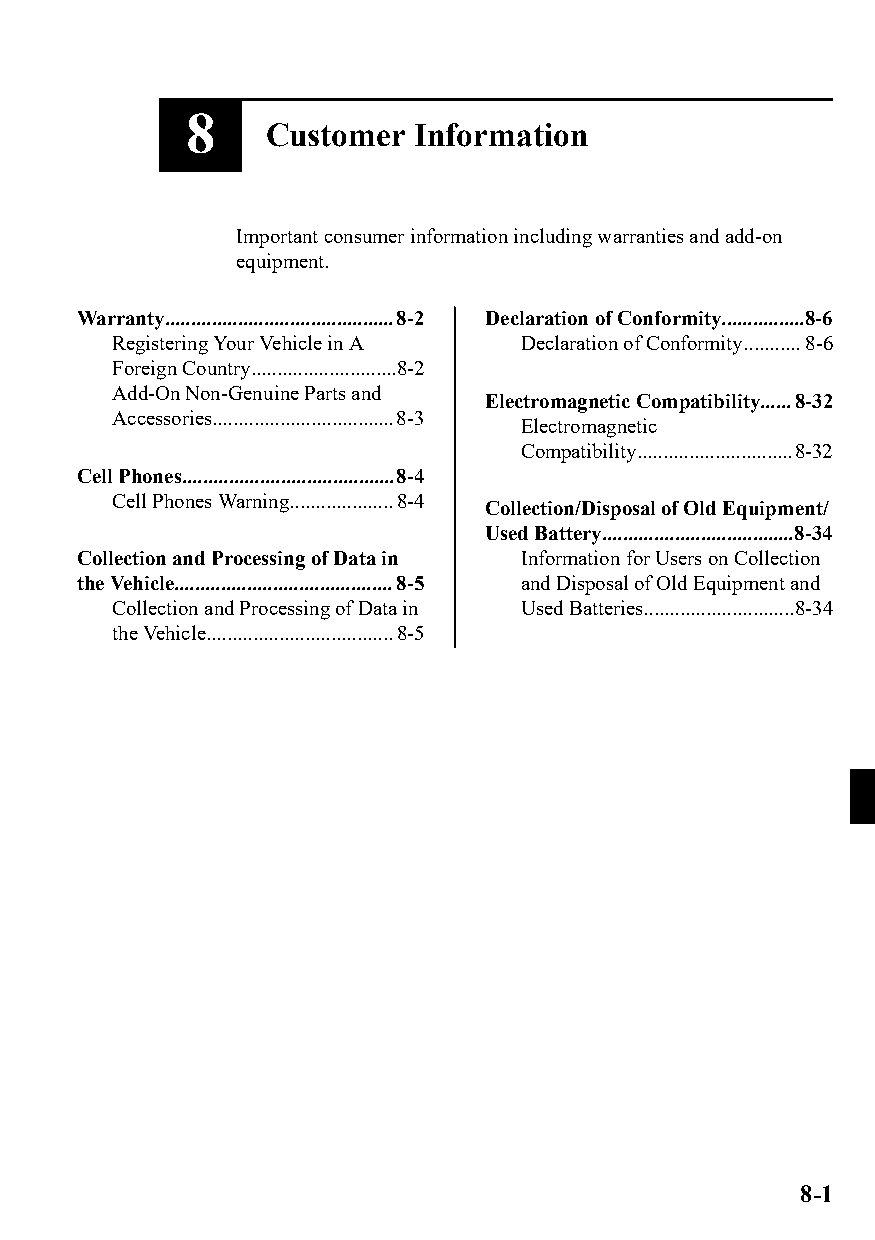
8
 Customer  Information
 Important consumer information including warranties and add-on
 equipment.
 Warranty............................................8-2 Declaration of Conformity................8-6
 Registering Your Vehicle in A Declaration of Conformity...........8-6
 Foreign Country............................8-2
 Add-On Non-Genuine Parts and
 Electromagnetic Compatibility......8-32
 Accessories...................................8-3
 Electromagnetic
 Compatibility..............................8-32
 Cell Phones.........................................8-4
 Cell Phones Warning....................8-4
 Collection/Disposal of Old Equipment/
 Used Battery.....................................8-34
 Collection and Processing of Data in Information for Users on Collection
 the Vehicle..........................................8-5 and Disposal of Old Equipment and
 Collection and Processing of Data in Used Batteries.............................8-34
 the Vehicle....................................8-5
 8-1
 CX-3_8GT4-EE-18D_Edition4                  2018-9-6 18:32:19